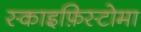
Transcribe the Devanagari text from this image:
स्काइफ़िस्टोमा